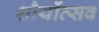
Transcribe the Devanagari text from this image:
शौर्योत्सव